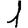
Digit: 1